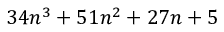
3 4 n ^ { 3 } + 5 1 n ^ { 2 } + 2 7 n + 5